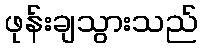
ဖုန်းချသွားသည်